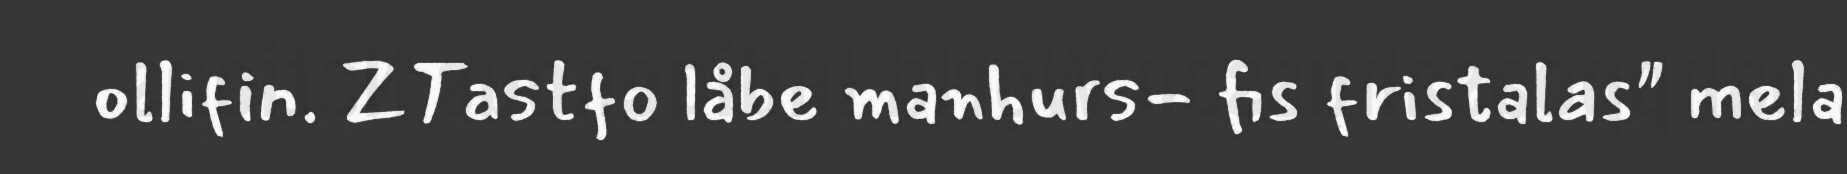
ollifin. ZTastfo låbe manhurs- fis fristalas" mela